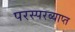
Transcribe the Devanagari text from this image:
परस्परव्याप्त